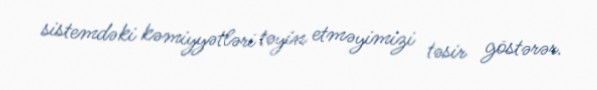
sistemdəki kəmiyyətləri təyin etməyimizi təsir göstərər.